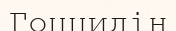
Гоццидің